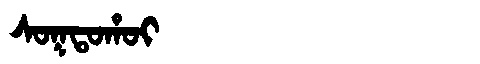
Manchu: ᠰᠣᡴᡨᠣᡥᠣᡳ
Romanization: SOKTOHOI